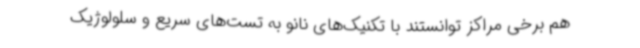
هم برخی مراکز توانستند با تکنیک‌های نانو به تست‌های سریع و سلولوژیک